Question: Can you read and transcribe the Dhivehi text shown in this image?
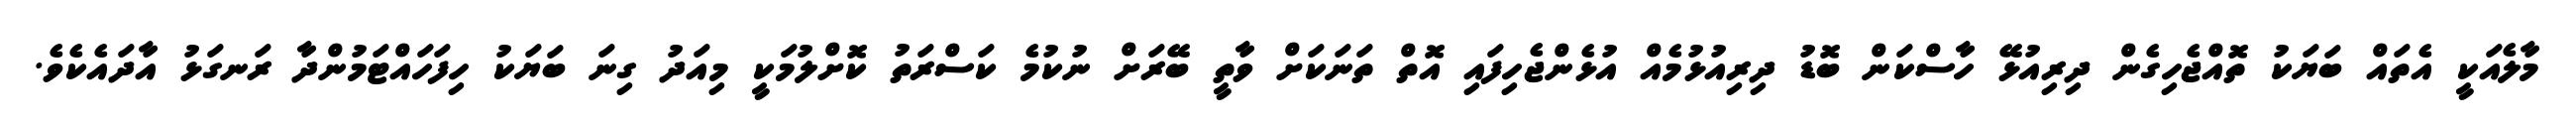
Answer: މާލެއަކީ އެތައް ބަޔަކު ތޮއްޖެހިގެން ދިރިއުޅޭ ހާސްކަން ބޮޑު ދިރިއުޅުމެއް އުޅެންޖެހިފައި އޮތް ތަނަކަށް ވާތީ ބޭރަށް ނުކުމެ ކަސްރަތު ކޮށްލުމަކީ މިއަދު ގިނަ ބަޔަކު ހިފަހައްޓަމުންދާ ރަނގަޅު އާދައެކެވެ.